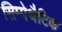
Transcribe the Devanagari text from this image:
सिम्पेथैटिक